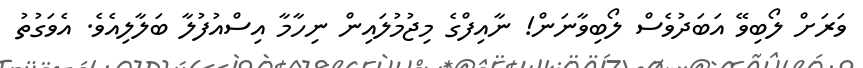
ވަރަށް ލޯބިވޭ އަބަދުވެސް ލޯބިވާނަން! ނާއިފްގެ މިޖުމުލައިން ނިހާމާ އިސްއުފުލާ ބަލާލިއެވެ. އެވަގުތު